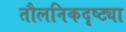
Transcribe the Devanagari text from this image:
तौलनिकदृष्ट्या